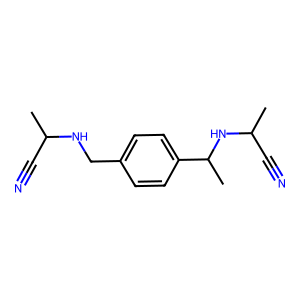
SMILES: CC(C#N)NCc1ccc(C(C)NC(C)C#N)cc1
Inhibits HIV replication: No